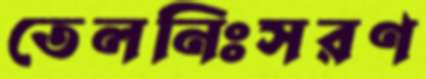
তেলনিঃসরণ